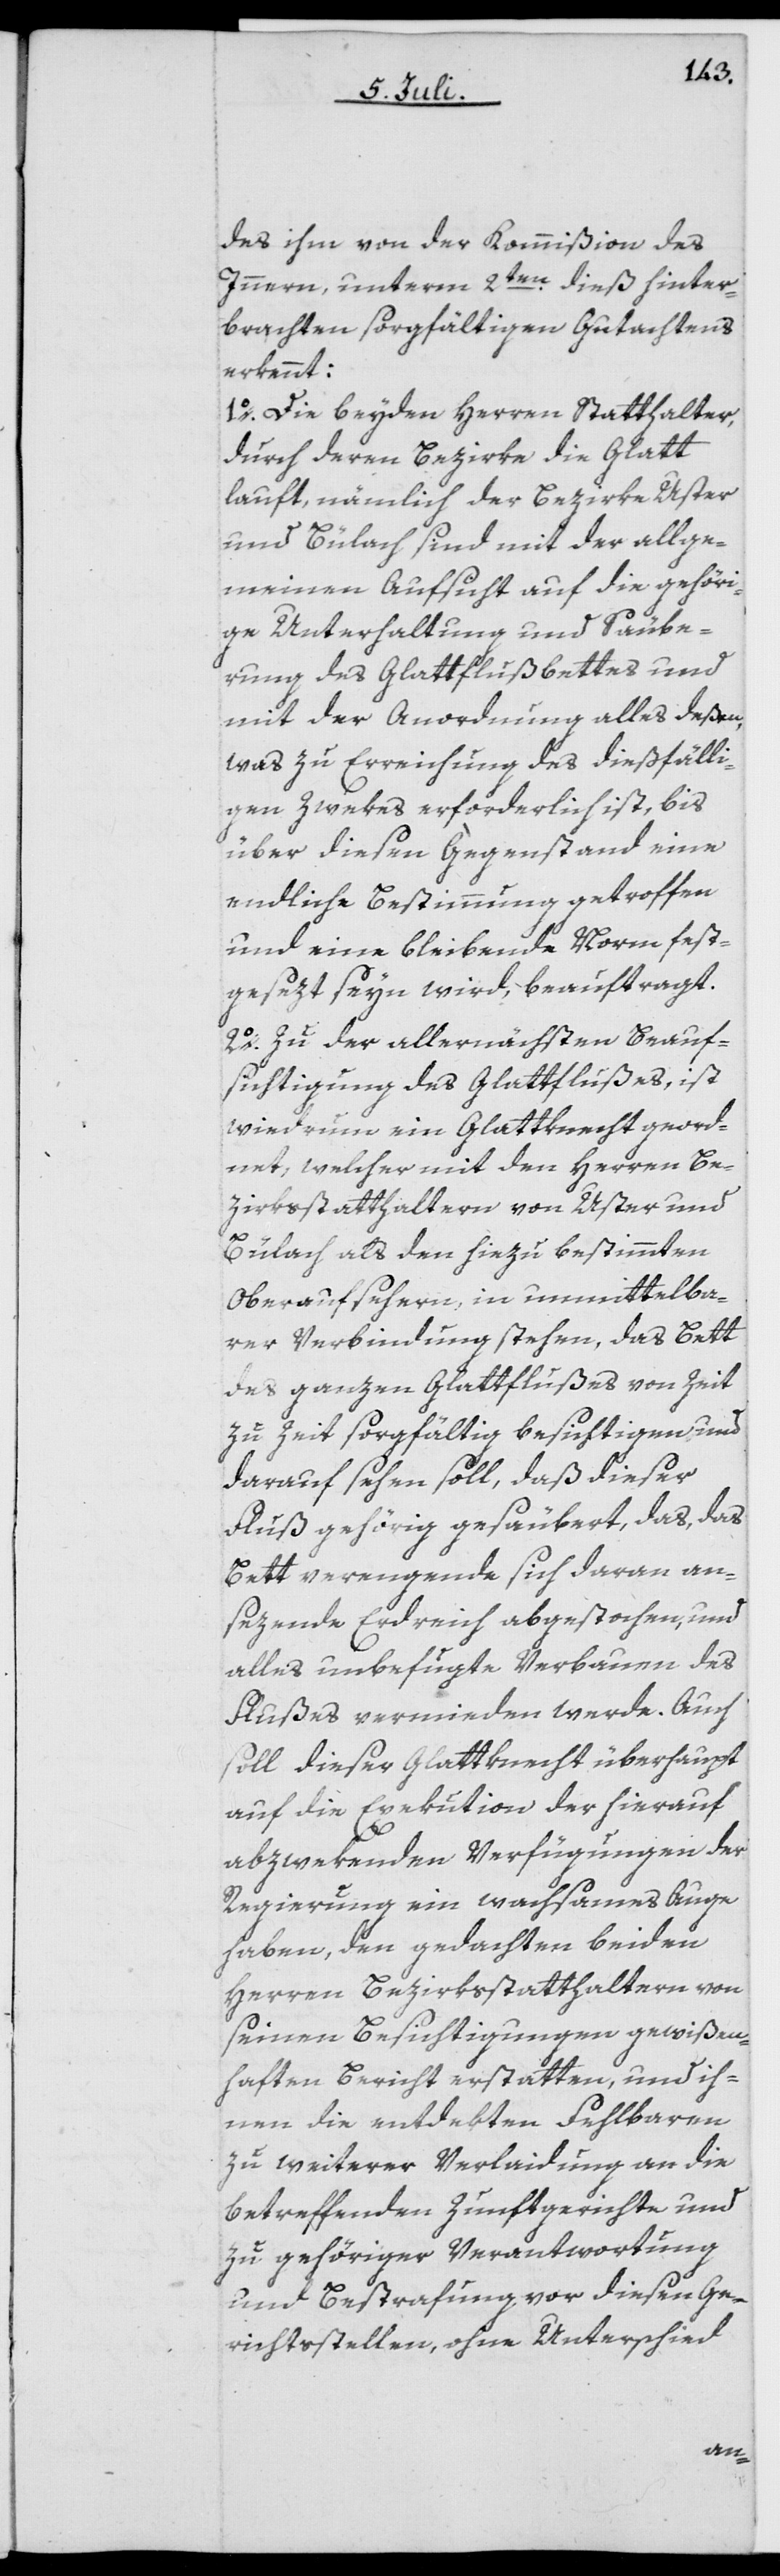
des ihm von der Kommißion des
Innern, unterm 2ten dieß hinter¬
brachten sorgfältigen Gutachtens
erkennt:
1o. Die beyden Herren Statthalter,
durch deren Bezirke die Glatt
lauft, nämlich der Bezirke Uster
und Bülach sind mit der allge¬
meinen Aufsicht auf die gehöri¬
ge Unterhaltung und Säube¬
rung des Glattflußbettes und
mit der Anordnung alles deßen,
was zu Errichtung des dießfälli¬
gen Zwekes erforderlich ist, bis
über diesen Gegenstand eine
endliche Bestimmung getroffen
und eine bleibende Norm fest¬
gesezt seyn wird, beauftragt.
2o. Zu der allernächsten Beauf¬
sichtigung des Glattflußes, ist
wiederum ein Glattknecht geord¬
net, welcher mit den Herren Be¬
zirksstatthaltern von Uster und
Bülach als den hiezu bestimmten
Oberaufsehern, in unmittelba¬
rer Verbindung stehen, das Bett
des ganzen Glattflußes von Zeit
zu Zeit sorgfältig besichtigen und
darauf sehen soll, daß dieser
Fluß gehörig gesäubert, das, das
Bett verengende sich daran an¬
sezende Erdreich abgestochen, und
alles unbefugte Verbauen des
Flußes vermieden werde. Auch
soll dieser Glattknecht überhaupt
auf die Exekution der hierauf
abzwekenden Verfügungen der
Regierung ein wachsames Auge
haben, den gedachten beiden
Herren Bezirksstatthaltern von
seinen Besichtigungen gewißen¬
haft Bericht erstatten, und ih¬
nen die entdekten Fehlbaren
zu weiterer Verlaidung an die
betreffenden Zunftgerichte und
zu gehöriger Verantwortung
und Bestrafung vor diesen Ge¬
richtsstellen, ohne Unterschied